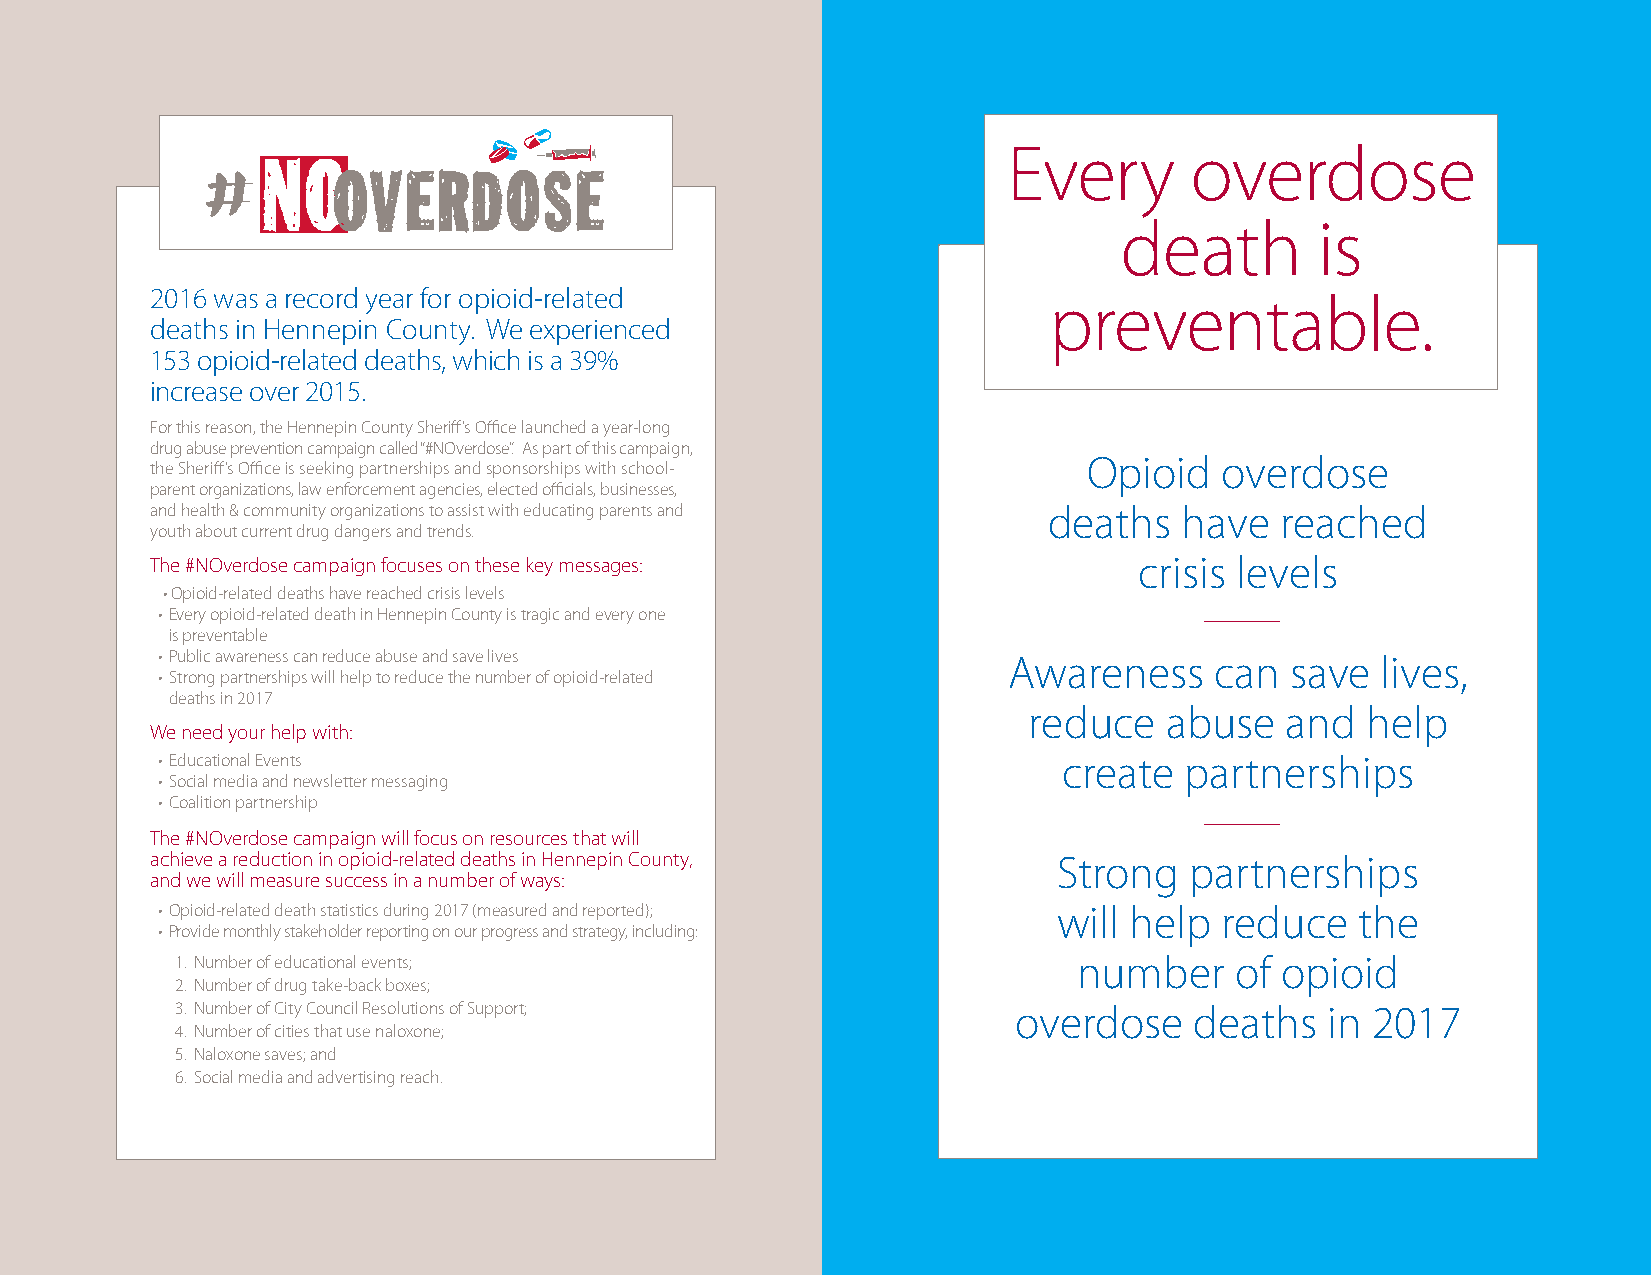
Every       overdose
 death        is
 2016 was a record year for opioid-related                  preventable.
 deaths in Hennepin County. We experienced
 153 opioid-related deaths, which is a 39%
 increase over 2015.
 For this reason, the Hennepin County Sheriff’s Office launched a year-long
 Key messages: Every overdose death is
 drug abuse prevention campaign called “#NOverdose”. As part of this campaign,
 Opioid   overdose
 the Sheriff’s Office is seeking partnerships and sponsorships with school- preventable; Opioid overdose deaths
 parent organizations, law enforcement agencies, elected officials, businesses,
 have reached crisis levels; Awareness can
 and health & community organizations to assist with educating parents and deaths have reached
 youth about current drug dangers and trends.              save lives, reduce abuse and help create
 The #NOverdose campaign focuses on these key messages:    partnershipcs.;r Sitsroinsg lpearvtneerlsships will
 • Opioid-related deaths have reached crisis levels       help reduce the number of opioid over-
 • Every opioid-related death in Hennepin County is tragic and every one dose deaths in 2017.
 is preventable
 • Public awareness can reduce abuse and save lives       Awareness    can  save  lives,
 • Strong partnerships will help to reduce the number of opioid-related
 deaths in 2017
 reduce   abuse   and  help
 We need your help with:
 • Educational Events                                        create  partnerships
 • Social media and newsletter messaging
 • Coalition partnership
 The #NOverdose campaign will focus on resources that will
 achieve a reduction in opioid-related deaths in Hennepin County, Strong partnerships
 and we will measure success in a number of ways:
 • Opioid-related death statistics during 2017 (measured and reported); will help reduce the
 • Provide monthly stakeholder reporting on our progress and strategy, including:
 1. Number of educational events;                           number     of opioid
 2. Number of drug take-back boxes;
 3. Number of City Council Resolutions of Support;      overdose    deaths   in 2017
 4. Number of cities that use naloxone;
 5. Naloxone saves; and
 6. Social media and advertising reach.